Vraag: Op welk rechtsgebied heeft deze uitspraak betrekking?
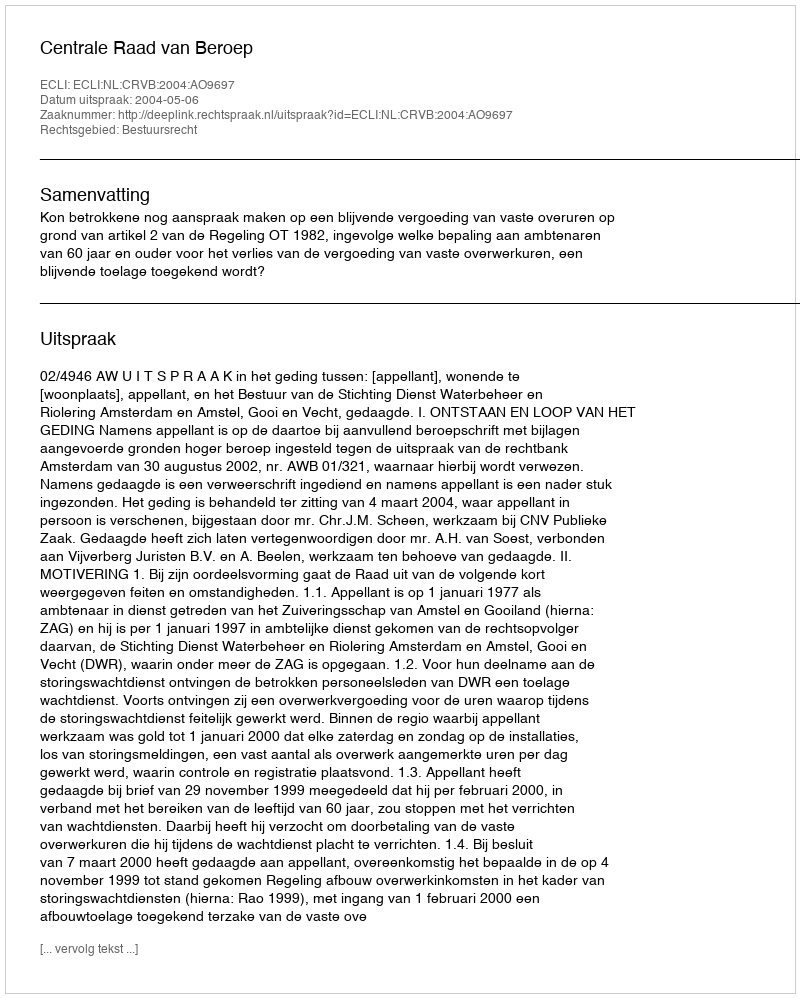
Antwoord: Bestuursrecht